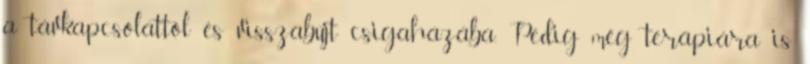
a távkapcsolattól és visszabújt csigaházába. Pedig még terápiára is